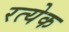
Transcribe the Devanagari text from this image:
रत्येक